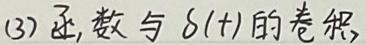
(3) 函数与 $\delta(t)$ 的卷积